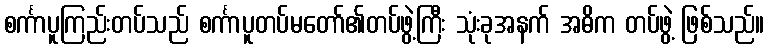
စင်္ကာပူကြည်းတပ်သည် စင်္ကာပူတပ်မတော်၏တပ်ဖွဲ့ကြီး သုံးခုအနက် အဓိက တပ်ဖွဲ့ ဖြစ်သည်။